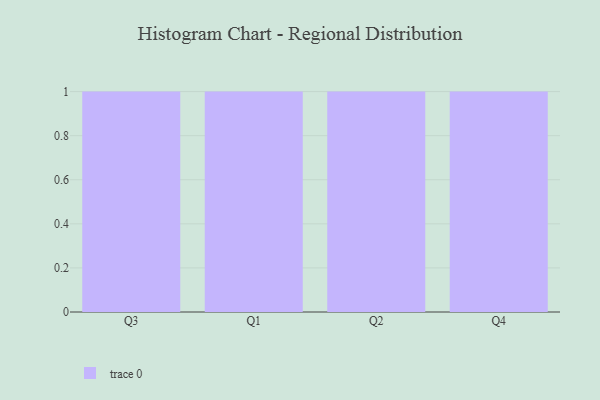
{"axis": {"x": "Quarter", "y": "Net Income (USD K)"}, "legend": [""], "data": [{"x": "Q3", "y": 73, "type": ""}, {"x": "Q1", "y": 16, "type": ""}, {"x": "Q2", "y": 75, "type": ""}, {"x": "Q4", "y": 33, "type": ""}]}